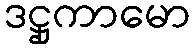
ဒဋ္ဌုကာမော